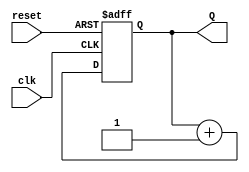
module binary_counter (
    input wire clk,        // Clock signal
    input wire reset,      // Asynchronous reset signal
    output reg [3:0] Q     // 4-bit counter output
);

// State transitions for the counter
always @(posedge clk or posedge reset) begin
    if (reset) begin
        Q <= 4'b0000;     // Reset counter to 0000
    end else begin
        Q <= Q + 1;       // Increment counter
    end
end

endmodule